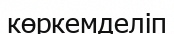
көркемделіп